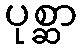
ပုစ္ဆာ